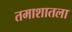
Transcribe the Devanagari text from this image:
तमाशातला